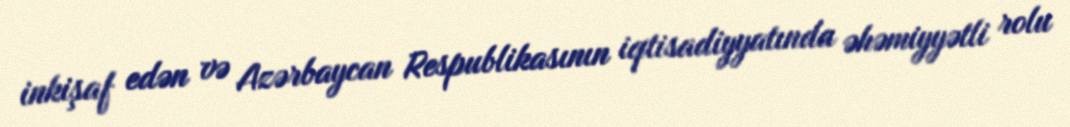
inkişaf edən və Azərbaycan Respublikasının iqtisadiyyatında əhəmiyyətli rolu